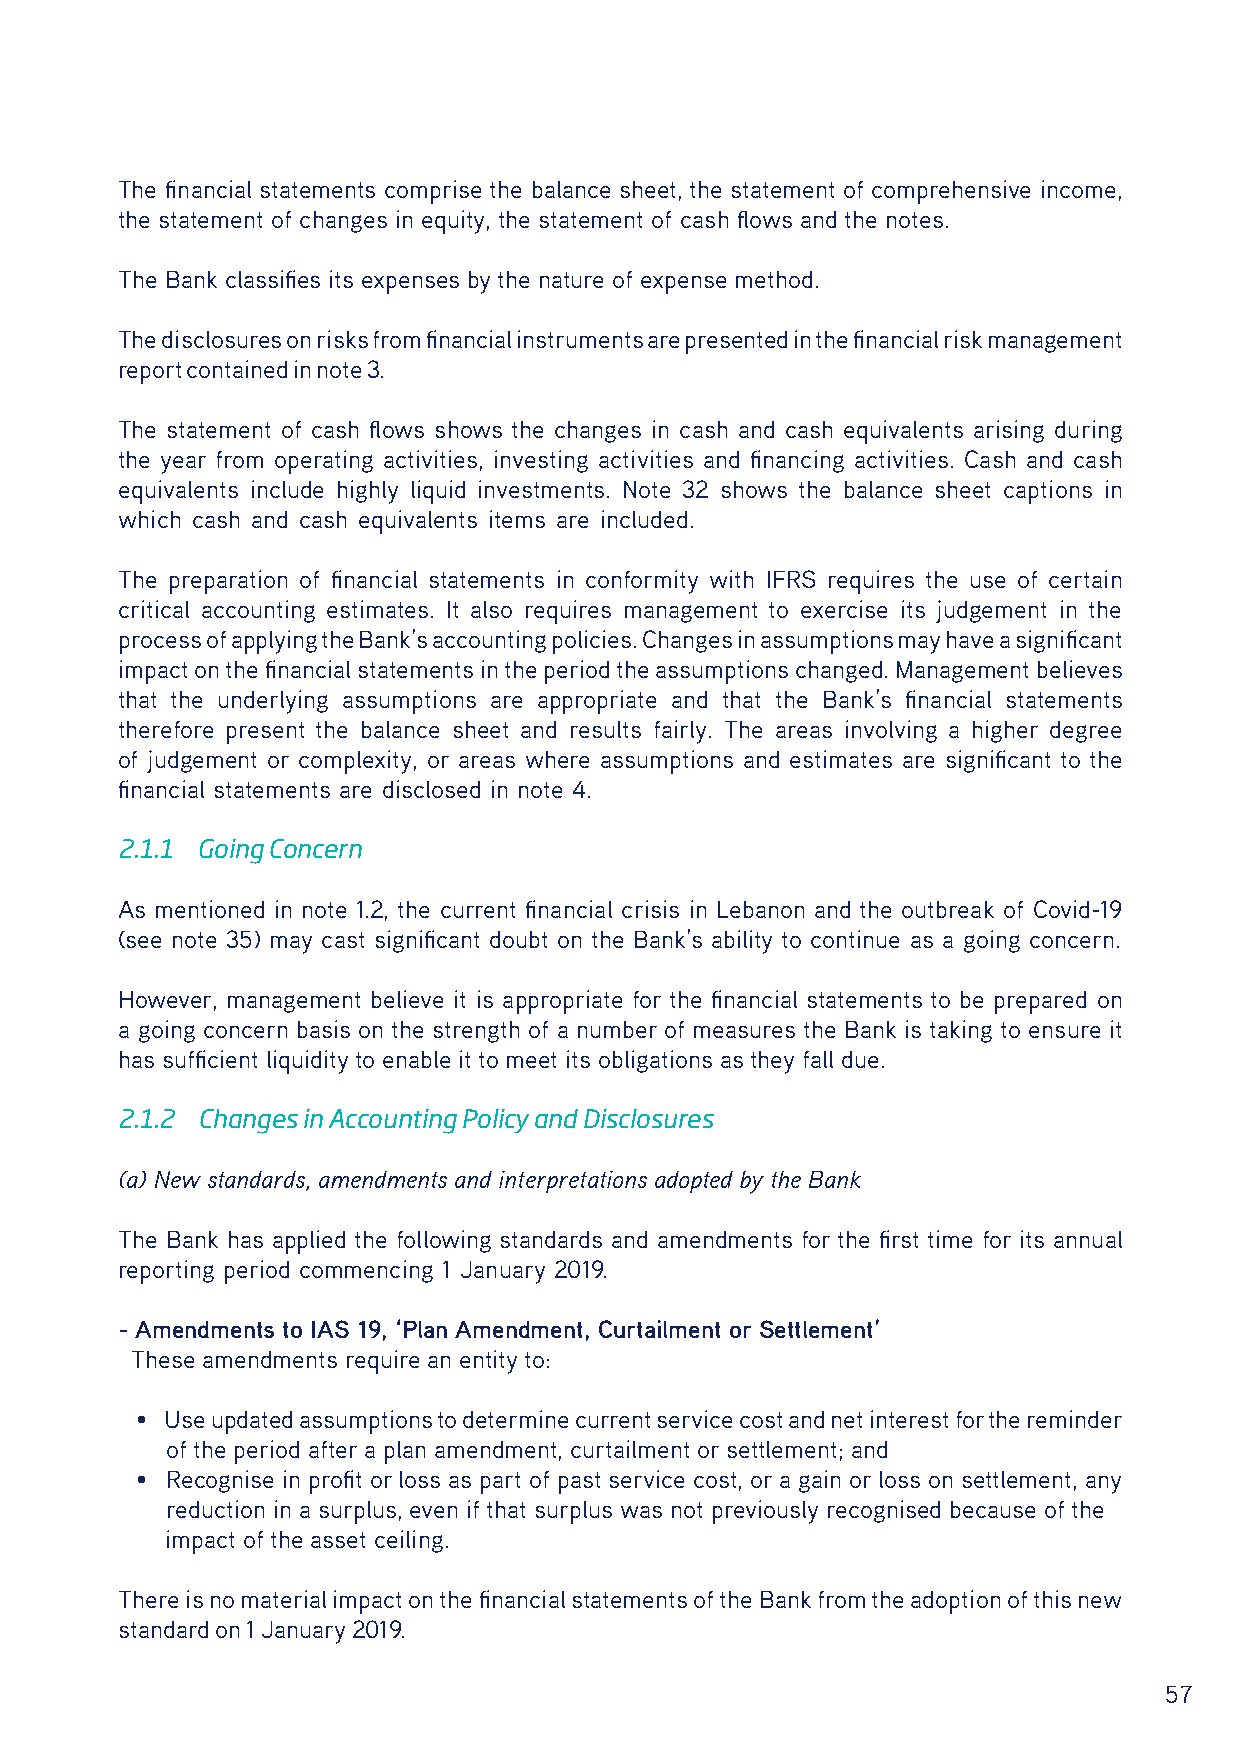
The financial statements comprise the balance sheet, the statement of comprehensive income,
 the statement of changes in equity, the statement of cash flows and the notes.
 The Bank classifies its expenses by the nature of expense method.
 The disclosures on risks from financial instruments are presented in the financial risk management
 report contained in note 3.
 The statement of cash flows shows the changes in cash and cash equivalents arising during
 the year from operating activities, investing activities and financing activities. Cash and cash
 equivalents include highly liquid investments. Note 32 shows the balance sheet captions in
 which cash and cash equivalents items are included.
 The preparation of financial statements in conformity with IFRS requires the use of certain
 critical accounting estimates. It also requires management to exercise its judgement in the
 process of applying the Bank’s accounting policies. Changes in assumptions may have a significant
 impact on the financial statements in the period the assumptions changed. Management believes
 that the underlying assumptions are appropriate and that the Bank’s financial statements
 therefore present the balance sheet and results fairly. The areas involving a higher degree
 of judgement or complexity, or areas where assumptions and estimates are significant to the
 financial statements are disclosed in note 4.
 2.1.1 Going Concern
 As mentioned in note 1.2, the current financial crisis in Lebanon and the outbreak of Covid-19
 (see note 35) may cast significant doubt on the Bank’s ability to continue as a going concern.
 However, management believe it is appropriate for the financial statements to be prepared on
 a going concern basis on the strength of a number of measures the Bank is taking to ensure it
 has sufficient liquidity to enable it to meet its obligations as they fall due.
 2.1.2 Changes in Accounting Policy and Disclosures
 (a) New standards, amendments and interpretations adopted by the Bank
 The Bank has applied the following standards and amendments for the first time for its annual
 reporting period commencing 1 January 2019.
 - Amendments to IAS 19, ‘Plan Amendment, Curtailment or Settlement’
 These amendments require an entity to:
 • Use updated assumptions to determine current service cost and net interest for the reminder
 of the period after a plan amendment, curtailment or settlement; and
 • Recognise in profit or loss as part of past service cost, or a gain or loss on settlement, any
 reduction in a surplus, even if that surplus was not previously recognised because of the
 impact of the asset ceiling.
 There is no material impact on the financial statements of the Bank from the adoption of this new
 standard on 1 January 2019.
 57